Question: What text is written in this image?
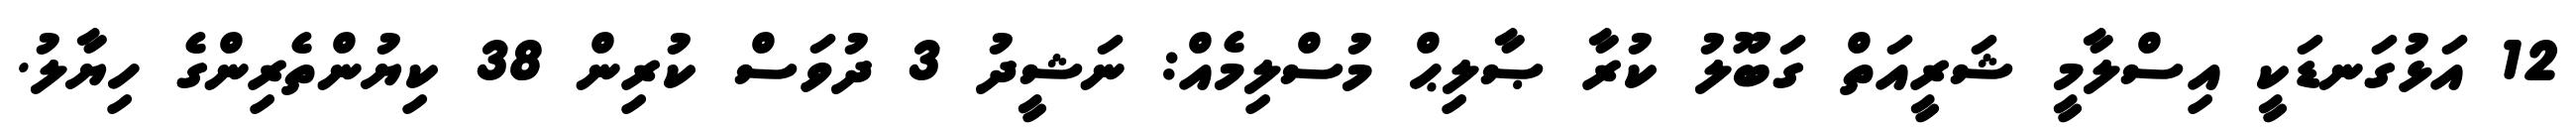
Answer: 12 އަޅުގަނޑަކީ އިސްލާމީ ޝަރީއަތް ގަބޫލު ކުރާ ޞާލިޙް މުސްލިމެއް: ނަޝީދު 3 ދުވަސް ކުރިން 38 ކިޔުންތެރިންގެ ހިޔާލު.